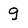
Character: g